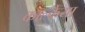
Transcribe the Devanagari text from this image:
काल्केया